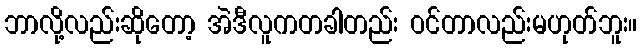
ဘာလို့လည်းဆိုတော့ အဲဒီလူကတခါတည်း ဝင်တာလည်းမဟုတ်ဘူး။